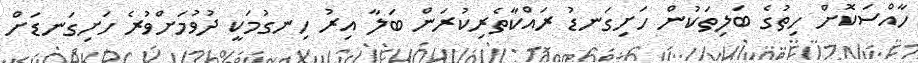
ހާއްސަކޮށް ހިތުގެ ބަލިތަކުން ހަށިގަނޑު ރައްކާތެރިކުރަން ބަލާ އިރު ހިނގުމަކީ ދުވުމަށްވުރެ ހަށިގަނޑަށް